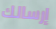
إرسالك